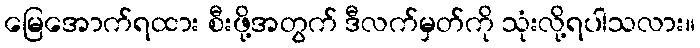
မြေအောက်ရထား စီးဖို့အတွက် ဒီလက်မှတ်ကို သုံးလို့ရပါသလား။